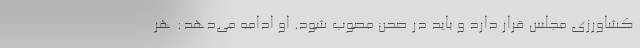
کشاورزی مجلس قرار دارد و باید در صحن مصوب شود. او ادامه می‌دهد: هر